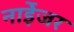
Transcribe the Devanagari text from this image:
नाईेजर